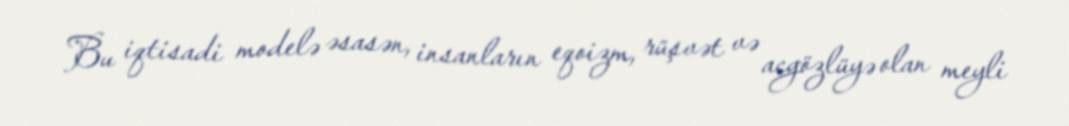
Bu iqtisadi modelə əsasən, insanların eqoizm, rüşvət və acgözlüyə olan meyli